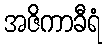
အဇိကာခီရံ